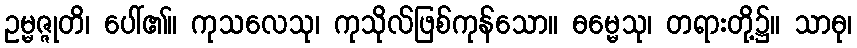
ဥမ္မဇ္ဇုတိ၊ ပေါ်၏။ ကုသလေသု၊ ကုသိုလ်ဖြစ်ကုန်သော။ ဓမ္မေသု၊ တရားတို့၌။ သာဓု၊